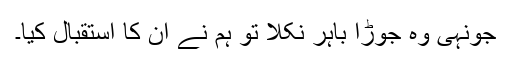
جونہی وہ جوڑا باہر نکلا تو ہم نے ان کا استقبال کیا۔